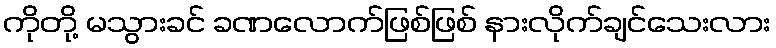
ကိုတို့ မသွားခင် ခဏလောက်ဖြစ်ဖြစ် နားလိုက်ချင်သေးလား